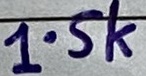
Text: 1.5k